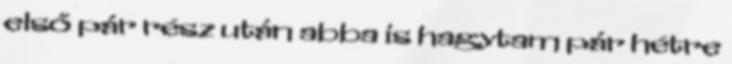
első pár rész után abba is hagytam pár hétre